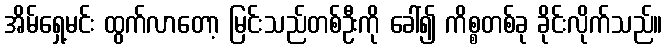
အိမ်ရှေ့မင်း ထွက်လာတော့ မြင်းသည်တစ်ဦးကို ခေါ်၍ ကိစ္စတစ်ခု ခိုင်းလိုက်သည်။